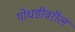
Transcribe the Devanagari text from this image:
गोधडीवरील